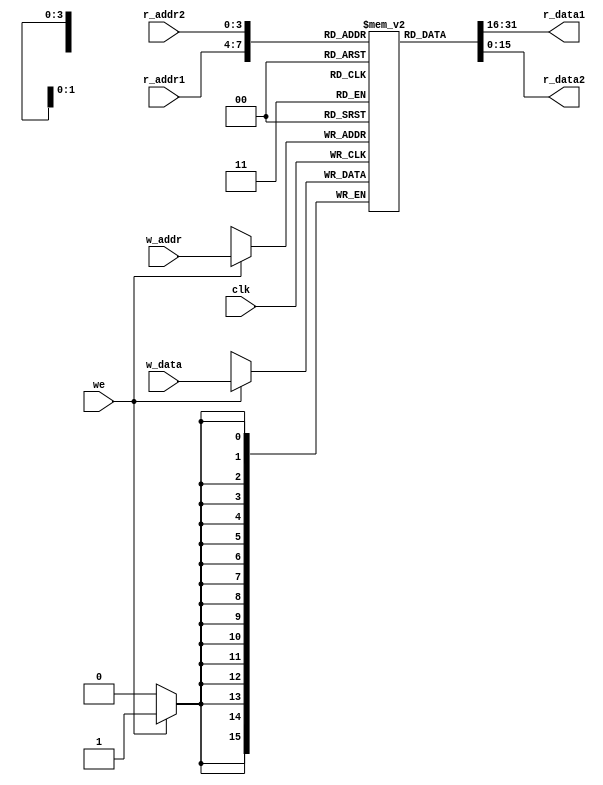
module reg_file (
	// ------------------------------------------------------------ 
	// Inputs
	// ------------------------------------------------------------
	input wire clk,
	input wire we,
	input wire[3:0] w_addr,
	input wire[15:0] w_data,
	input wire[3:0] r_addr1,
	input wire[3:0] r_addr2,
	// ------------------------------------------------------------

	// ------------------------------------------------------------ 
	// Outputs
	// ------------------------------------------------------------
	output wire[15:0] r_data1,
	output wire[15:0] r_data2
	// ------------------------------------------------------------ 
	);

	reg [15:0] reg_array [15:0];
	
	always @(posedge clk) begin
		if(we) begin
			reg_array[w_addr] <= w_data;
		end
	end

	assign r_data1 = reg_array[r_addr1];
	assign r_data2 = reg_array[r_addr2];


endmodule
// --------------------------------------------------------------------